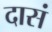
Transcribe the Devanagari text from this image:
दासं